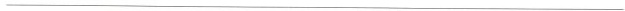
___